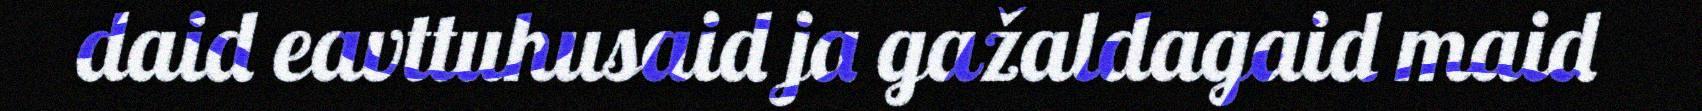
daid eavttuhusaid ja gažaldagaid maid